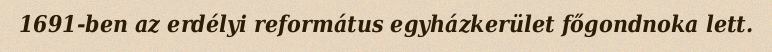
1691-ben az erdélyi református egyházkerület főgondnoka lett.